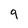
Character: 9